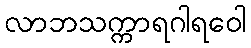
လာဘသက္ကာရဂါရဝေါ